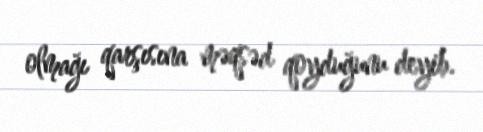
olmağı qarşısına məqsəd qoyduğunu deyib.